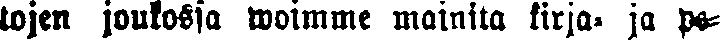
tojen joukossa woimme mainita kirja- ja pe-